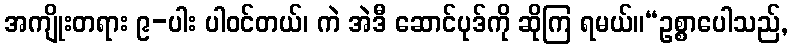
အကျိုးတရား ၉-ပါး ပါဝင်တယ်၊ ကဲ အဲဒီ ဆောင်ပုဒ်ကို ဆိုကြ ရမယ်။“ဥစ္စာပေါသည်,